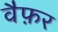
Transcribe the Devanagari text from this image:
वैफ़र